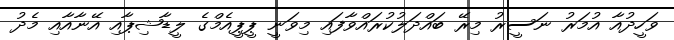
ވަހީދުއާ އުމަރު ނަސީރު މިރޭ ބައްދަލުކުރައްވާފައި މިވަނީ ޕީޕީއެމްގެ ލީޑާޝިޕާއި އޭނާއާއި މެދު